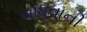
સાધવાની